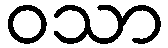
ဝသာ